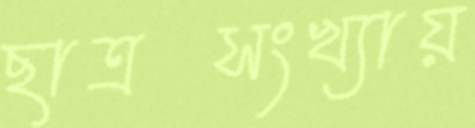
ছাত্রসংখ্যায়